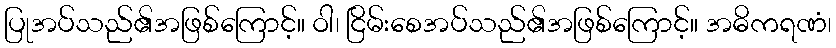
ပြုအပ်သည်၏အဖြစ်ကြောင့်။ ဝါ၊ ငြိမ်းစေအပ်သည်၏အဖြစ်ကြောင့်။ အဓိကရဏံ၊